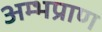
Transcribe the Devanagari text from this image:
अम्भप्राण